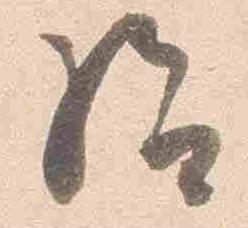
給